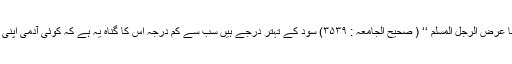
رسو ل ﷺ نے فرمایا :’’ الربا ثلاثۃ وسبعون بابا ایسر ھا ان ینکح الرجل امہ وان أربی الربا عرض الرجل المسلم ‘‘ ( صحیح الجامعہ : ۳۵۳۹) سود کے تہتر درجے ہیں سب سے کم درجہ اس کا گناہ یہ ہے کہ کوئی آدمی اپنی ماں سے نکاح کرلے اور سب سے بڑا سود کسی مسلمان آدمی کی عزت پامال کرنا ہے ۔